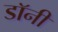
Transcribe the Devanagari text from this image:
डाॅनी